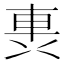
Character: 軣